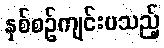
နှစ်စဉ်ကျင်းပသည့်